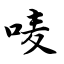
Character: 唛